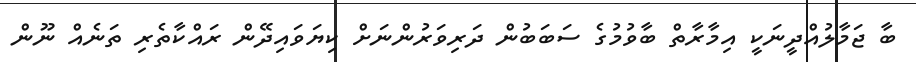
ބާ ޖަމާލުއްދީނަކީ އިމާރާތް ބާވުމުގެ ސަބަބުން ދަރިވަރުންނަށް ކިޔަވައިދޭން ރައްކާތެރި ތަނެއް ނޫން